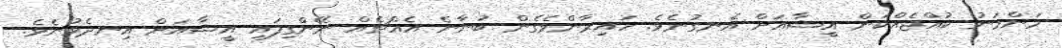
މަންމަނު ކުއްޖެއްކަން އީޝާއަށް އެނގުނެވެ. ހައިރާންވެގެން ބުނާނެ އެއްޗެއް ނޭންގިފައި އީޝާއަށް އިނދެވުނެވެ.